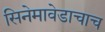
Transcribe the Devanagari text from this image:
सिनेमावेडाचाच